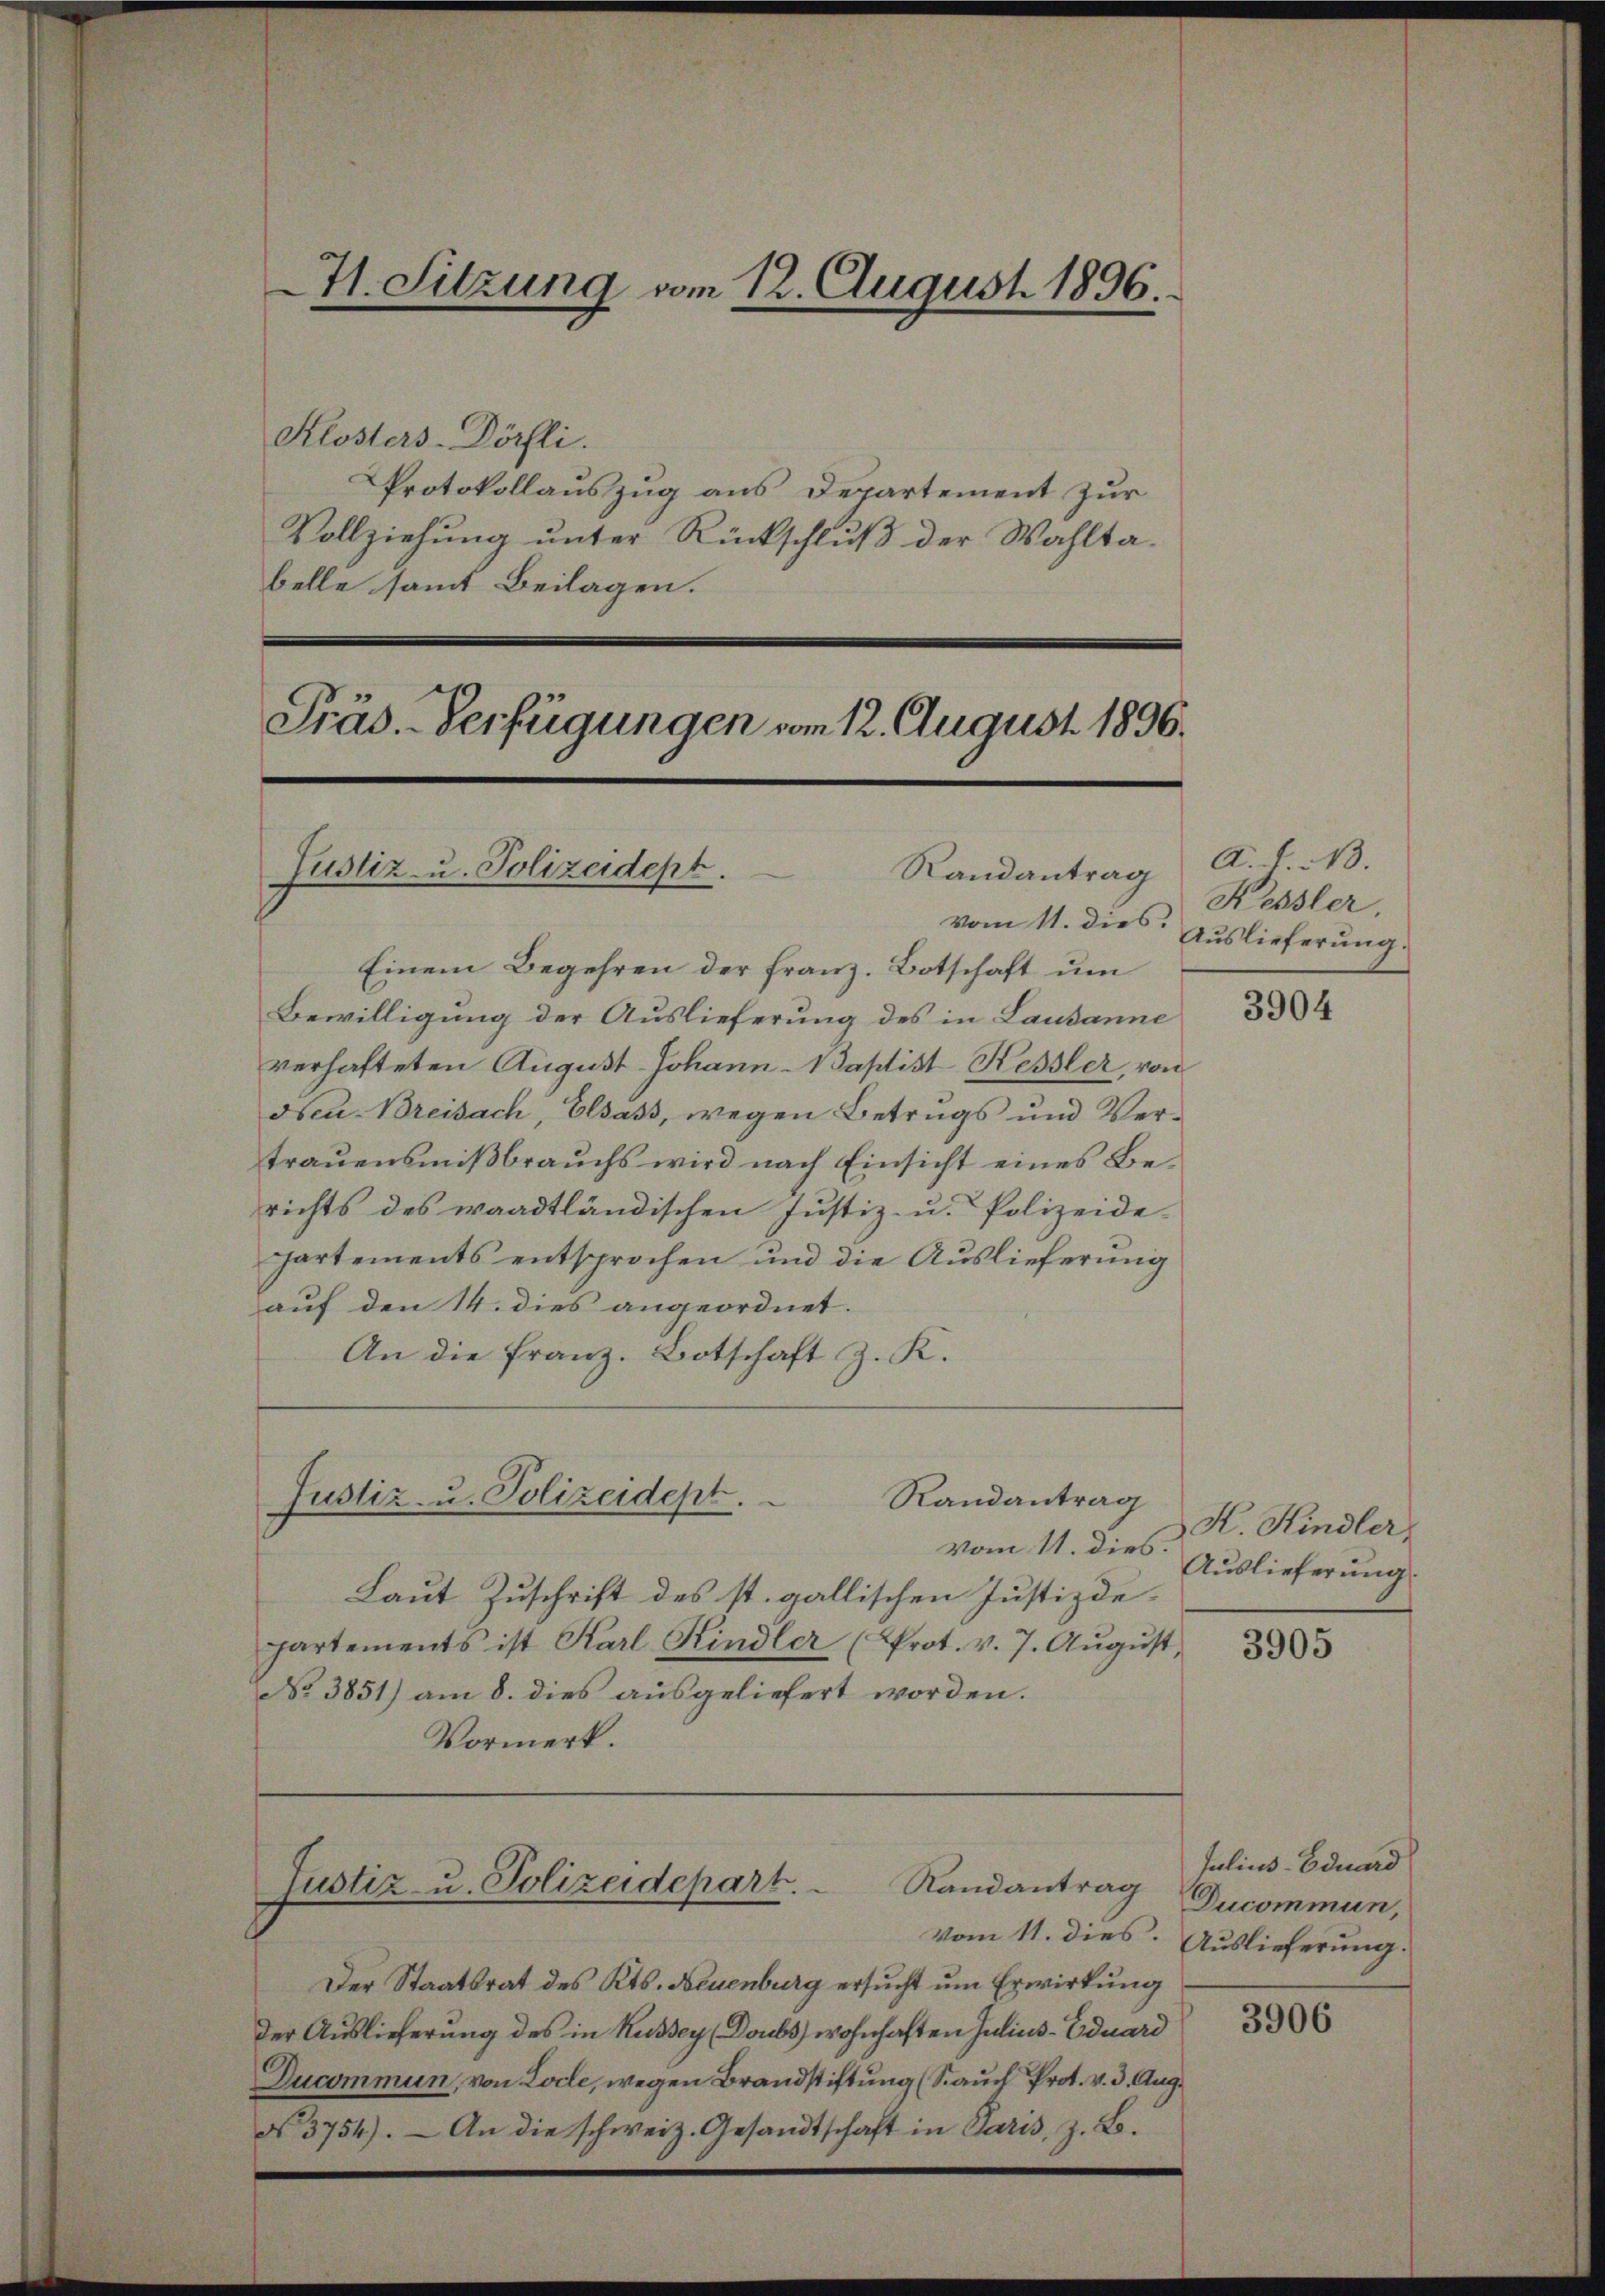
41. Sitzung vom 12. August 1896.

Klosters-Dörfli.
Protokollauszug aus Departement zur
Vollziehung unter Rückschluß der Wahltabelle samt Beilagen.

Präs. Verfügungen vom 12. August 1896.
Justiz- u. Polizeidept.
Randantrag

Einem Begehren der franz. Botschaft um
Bewilligung der Auslieferung des in Lausanne
verhafteten August Johann-Baptist Kessler, von
dscu. Breisach, Elsass, wegen Betrugs und Vertrauensmißbrauchs wird nach Einsicht eines Berichts des waadtländischen Justiz- u. Polizeide-
partements entsprochen und die Auslieferung
auf den 14. dies angeordnet.
An die Franz. Botschaft z. K.

Justiz- u. Polizeidept.

Randantrag

vom 11. dies.
Laut Zuschrift des st. gallischen Justizde-
hartements ist Karl Kindler (Prot. v. 7. Aŭgŭst
No 3851) am 8. dies ausgeliefert worden.
Vormerk.

Randantrag
Justiz- u. Polizeidepart.

Der Staatsrat des Kts. Neuenburg ersucht um Erwirkung
der Auslieferung des in Russey (Doubs wohnhaften Julius-Eduard
Ducommun, von Loche, wegen Brandstiftung (S. auch Pr. v. 3. Aug.
No. 3754). — An die schweiz. Gesandtschaft in Paris, z. B.

A. 1. No.
Kessler
vom 11. dies Auslieferung.

3904

K. Hindler,
Auslieferung.

3905

Julius-Eduard
Ducommun,
vom 11. dies. Auslieferung.

3906